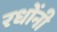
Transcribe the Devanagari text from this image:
रधोंनी